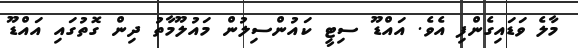
މާލެ ވަޑައިގެންފި އެވެ. އައްޑޫ ސިޓީ ކައުންސިލުން މައުލޫމާތު ދިން ގޮތުގައި އައްޑޫ